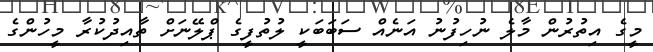
މީގެ އިތުރުން މާލެ ނުހިފުނު އަނެއް ސަބަބަކީ ލުތުފީގެ ޕްލޭނަށް ތާއިދުކުރާ މީހުންގެ